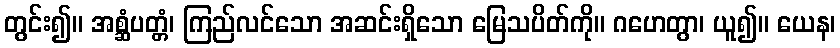
တွင်း၍။ အစ္ဆံပတ္တံ၊ ကြည်လင်သော အဆင်းရှိသော မြေသပိတ်ကို။ ဂဟေတွာ၊ ယူ၍။ ယေန၊